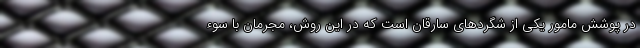
در پوشش مامور یکی از شگردهای سارقان است که در این روش، مجرمان با سوء